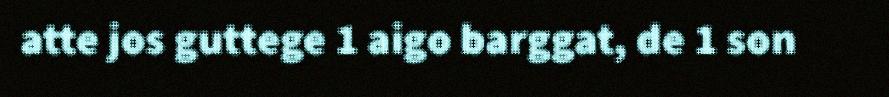
atte jos guttege 1 aigo barggat, de 1 son